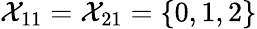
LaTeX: \mathcal{X}_{11}=\mathcal{X}_{21}=\{ 0,1,2\}